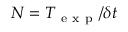
N = T _ { \mathrm { ~ e ~ x ~ p ~ } } / \delta t